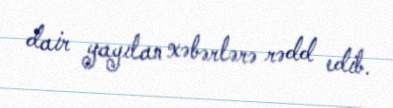
dair yayılan xəbərlərə rədd edib.